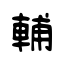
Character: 輔